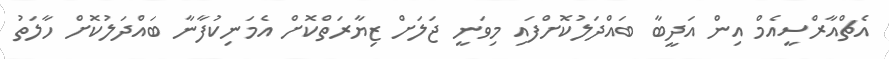
އެޗްއާރްސީއެމް އިން އަދީބާ ބައްދަލުކޮށްފައި މިވަނީ ޖަލަށް ޒިޔާރަތްކޮށް އެމަނިކުފާނާ ބައްދަލުކޮށް ހާލަތު